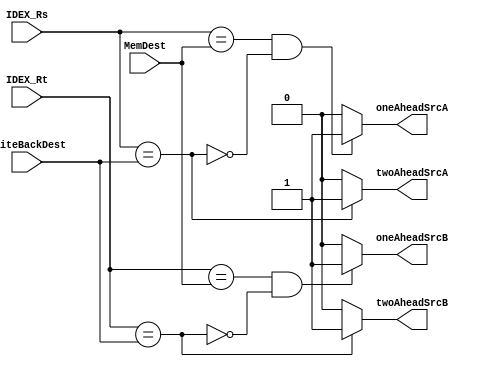
`timescale 1ns / 1ps
//////////////////////////////////////////////////////////////////////////////////
// Company: 
// Engineer: 
// 
// Design Name: 
// Module Name: ForwardUnit
// Project Name: 
// Target Devices: 
// Tool Versions: 
// Description: 
// 
// Dependencies: 
// 
// Revision:
// Revision 0.01 - File Created
// Additional Comments:
// 
//////////////////////////////////////////////////////////////////////////////////


module ForwardUnit(IDEX_Rs,IDEX_Rt, MemDest, WriteBackDest,oneAheadSrcA,oneAheadSrcB,twoAheadSrcA,twoAheadSrcB);

    input [4:0] IDEX_Rs, IDEX_Rt, MemDest, WriteBackDest; //register destinations and Rs and Rt
    
    output reg oneAheadSrcA,oneAheadSrcB,twoAheadSrcA,twoAheadSrcB;
    
   always @(*)
    begin
        oneAheadSrcA <= 1'b0;
        oneAheadSrcB <= 1'b0;
        twoAheadSrcA <= 1'b0;
        twoAheadSrcB <= 1'b0;
    


       if(IDEX_Rs == WriteBackDest)
       twoAheadSrcA <= 1'b1;
       if(IDEX_Rt == WriteBackDest)
       twoAheadSrcB <= 1'b1;
       if((IDEX_Rs == MemDest) && !(IDEX_Rs == WriteBackDest))
       oneAheadSrcA <= 1'b1;
       if((IDEX_Rt == MemDest) && !(IDEX_Rt == WriteBackDest))
       oneAheadSrcB <= 1'b1;
     
     end

endmodule